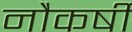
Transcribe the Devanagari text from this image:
नौकर्षी